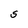
Character: S